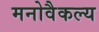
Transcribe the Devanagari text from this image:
मनोवैकल्य